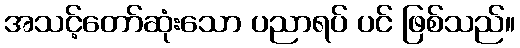
အသင့်တော်ဆုံးသော ပညာရပ် ပင် ဖြစ်သည်။